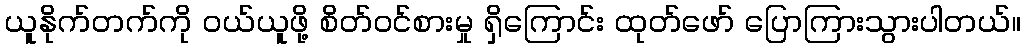
ယူနိုက်တက်ကို ဝယ်ယူဖို့ စိတ်ဝင်စားမှု ရှိကြောင်း ထုတ်ဖော် ပြောကြားသွားပါတယ်။